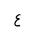
Letter: _ayn